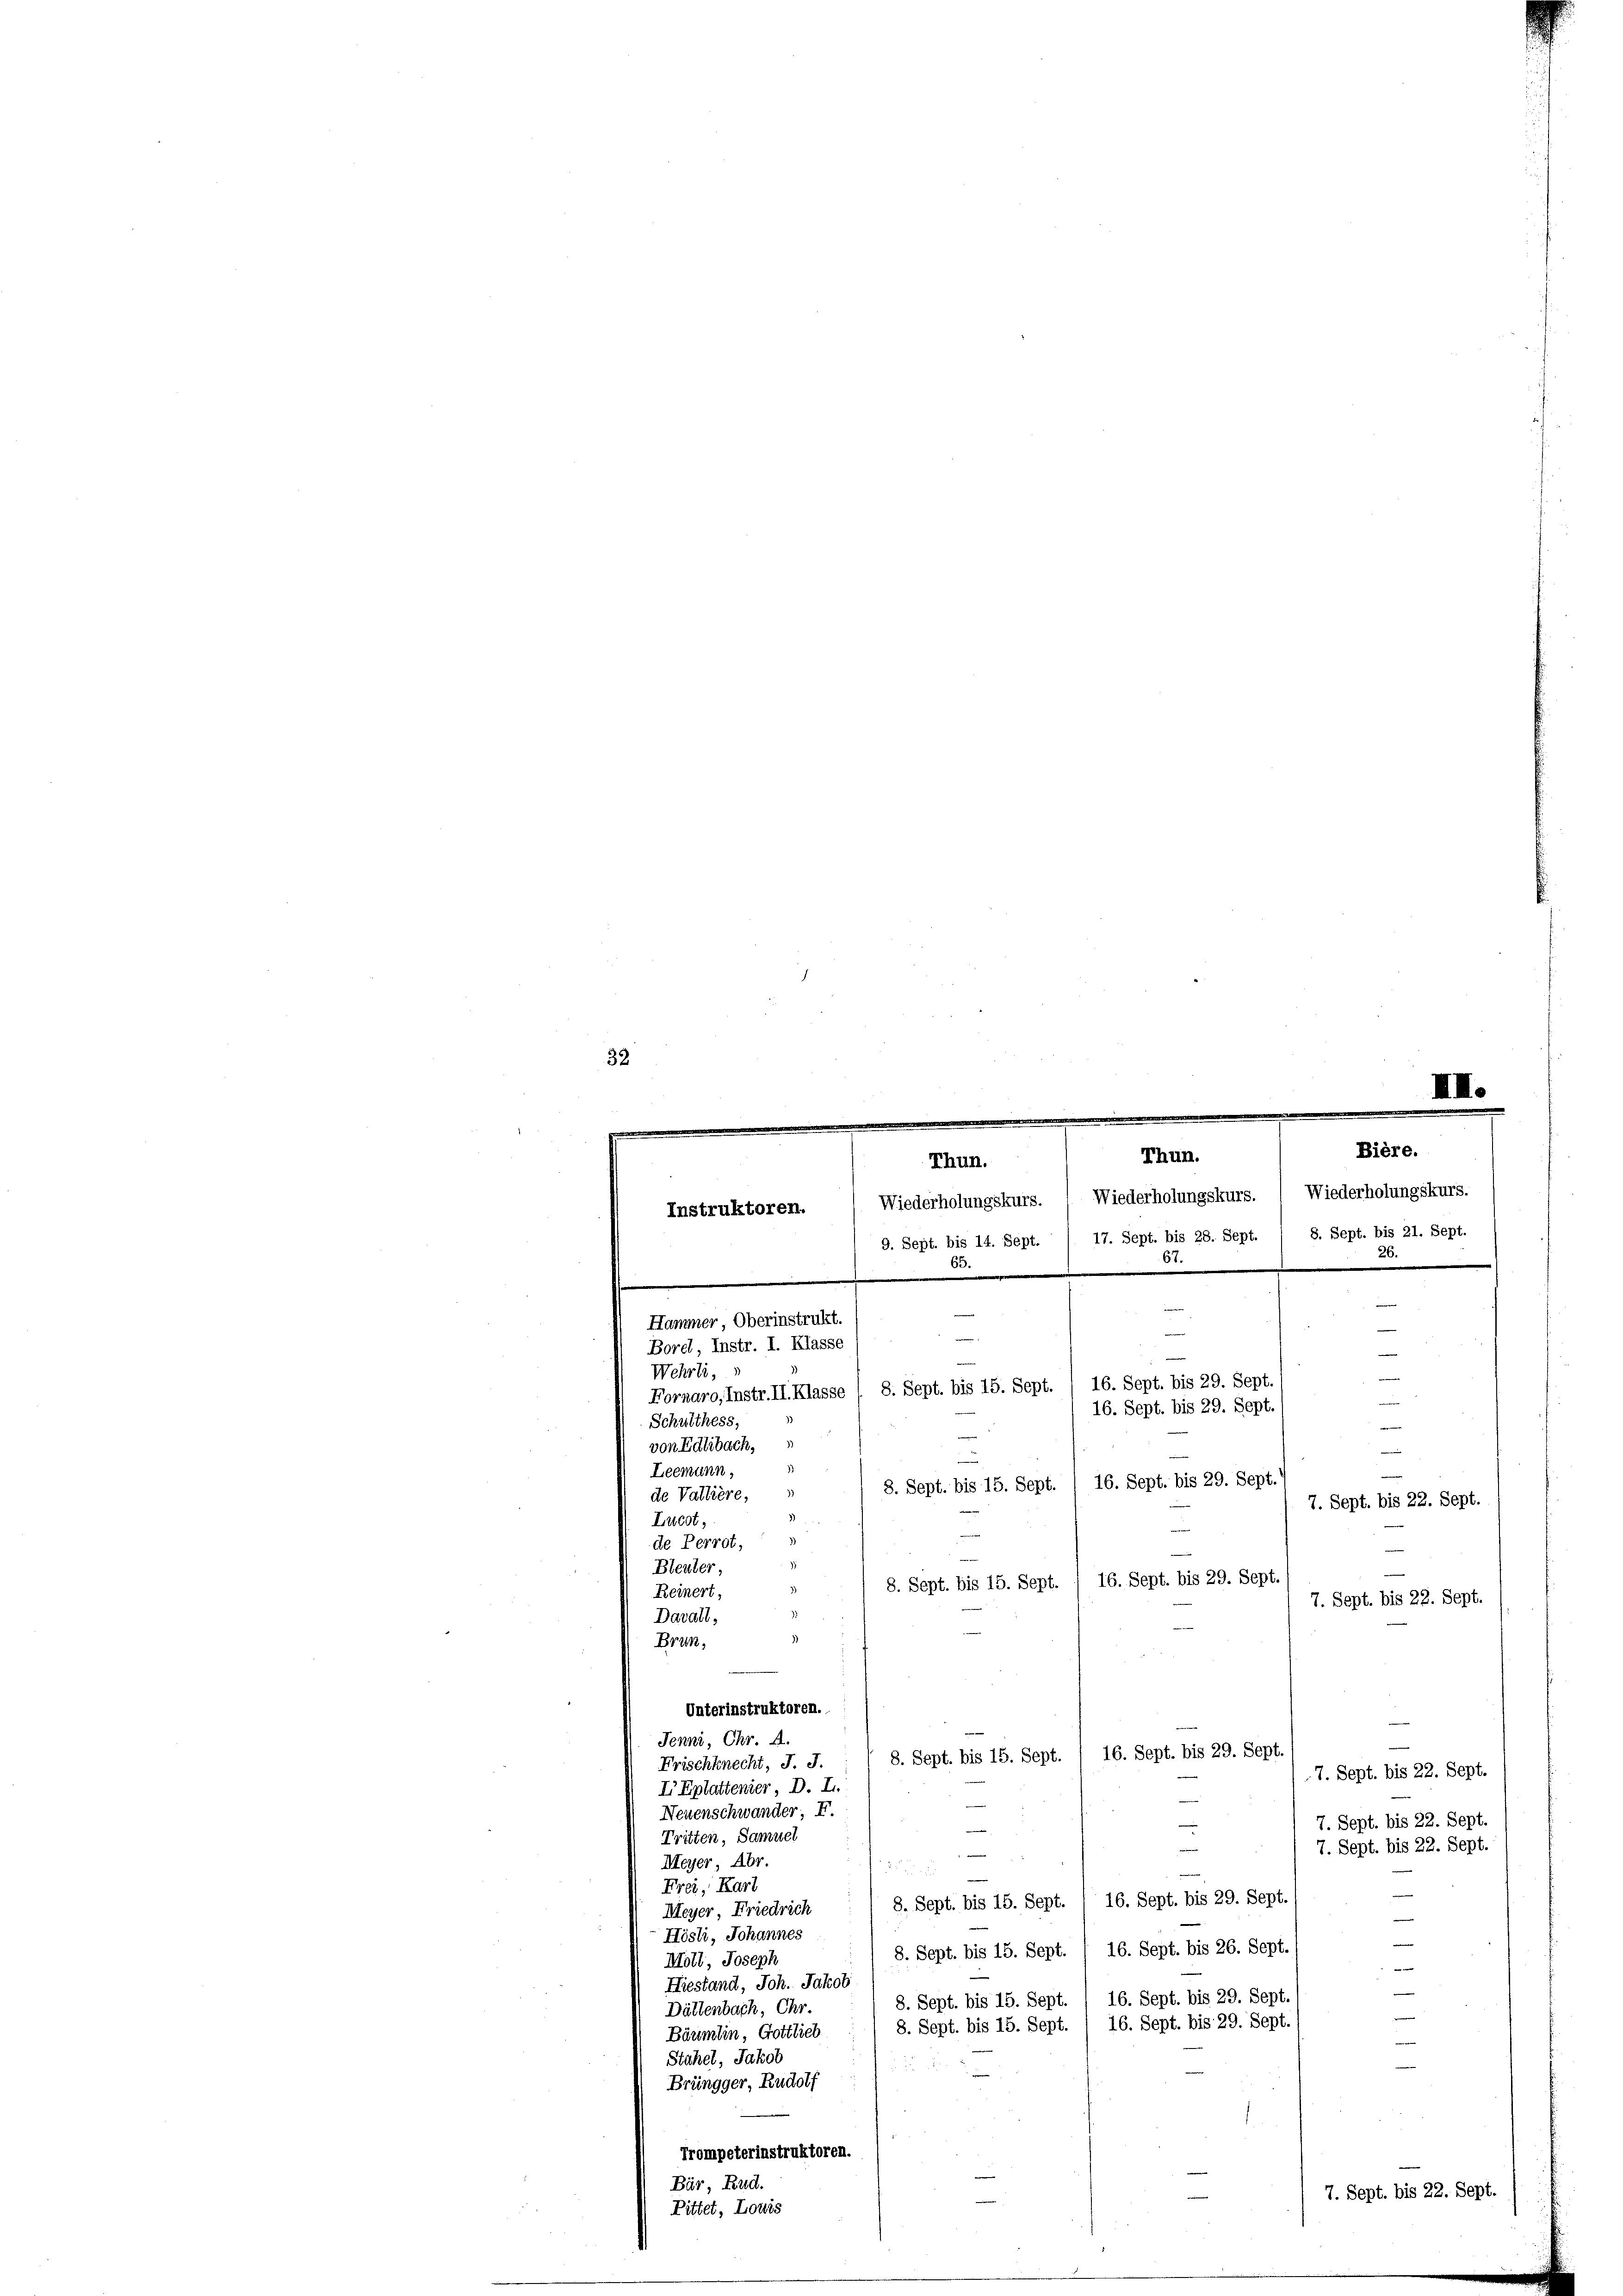
32
III.

Bière.
Thun.
Thun.
Wiederholungskurs. ( Wiederholungskurs. ( Wiederholungskurs.
Instruktoren.
e
9. Sept. bis 14. Sept. 1 17. Sept. bis 28. Sept. 1 8. Sept. bis 21. Sept.
.
m
e
.
e
Hammer, Oberinstrukt.
.
Borel, Instr. I. Klasse
e
Wehrli,
—

16. Sept. bis 29. Sept
Fornaro, Instr. II. Klasse 1 8. Sept. bis 15. Sept.
16. Sept. bis 29. Sept.
Schulthess,
e
von Edlibach,
Leemann,
8. Sept. bis 15. Sept. / 16. Sept. bis 29. Sept.
de Vallière,
7. Sept. bis 22. Sept.
Lucot,
e
3)
de Perrot,
Bleuter,
8. Sept. bis 15. Sept. / 16. Sept. bis 29. Sept.
Reinert,
7. Sept. bis 22. Sept.
Davall,
Brün,
Unterinstruktoren.
Jenni, Chr. A.
8. Sept. bis 15. Sept. / 16. Sept. bis 29. Sept.
Frischknecht, J. J.
7. Sept. bis 22. Sept.
I Eplattenier, D. L.
Neuenschwander; F.
7. Sept. bis 22. Sept.
Tritten, Samuel
7. Sept. bis 22. Sept.
Meyer, Abr.
 2
Frei, Karl
8. Sept. bis 15. Sept. / 16. Sept. bis 29. Sept.
Meyer Friedrich
Hösli, Johannes
8. Sept. bis 15. Sept. / 16. Sept. bis 26. Sept.
Möll, Joseph

Hiestand, Joh. Jakob
8. Sept. bis 15. Sept. / 16. Sept. bis 29. Sept.
Dättenbach, Chr.
16. Sept. bis 29. Sept
8. Sept. bis 15. Sept.
Bäumlin, Gottlieb
Stahel, Jakob
5
Brüngger, Rudolf
Trompeterinstruktoren.
Bär, Rud.
7. Sept. bis 22. Sept.
Pittet, Louis